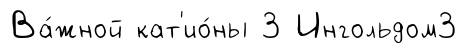
Ва́жной кат'ио́ны 3 Ингольдом3